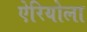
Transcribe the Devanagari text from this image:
ऐरियोला